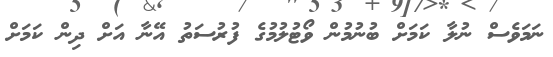
ނަމަވެސް ނުލާ ކަމަށް ބުނުމުން ވޯޓުލުމުގެ ފުރުސަތު އޭނާ އަށް ދިން ކަމަށް